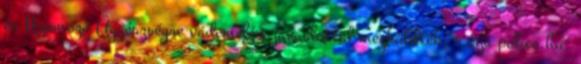
és Nyomozó Ügyészségre vádemelési javaslattal megküldték. – írja police.hu.